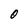
Character: 0